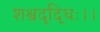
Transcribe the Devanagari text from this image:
शश्वदृद्धिः।।